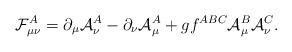
LaTeX: \begin{align*}{\cal F}_{\mu\nu}^A =\partial_\mu {\cal A}_\nu^A -\partial_\nu {\cal A}_\mu^A +gf^{ABC}{\cal A}_\mu^B{\cal A}_\nu^C .\end{align*}